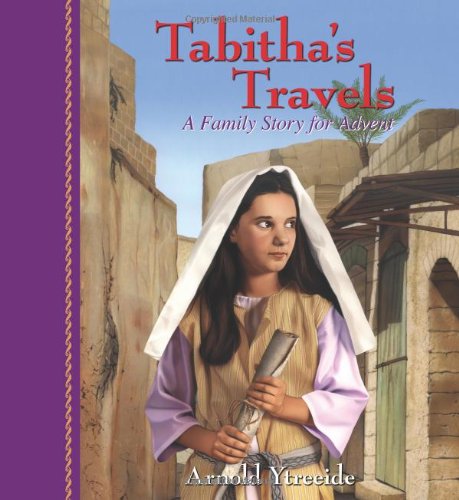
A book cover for Tabitha's Travels: A Family Story for Advent; Arnold Ytreeide; Christian Books & Bibles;